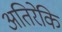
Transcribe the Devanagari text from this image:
अतिरेकि